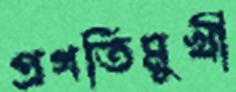
প্রগতিমুখী